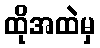
ထိုအထဲမှ